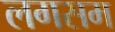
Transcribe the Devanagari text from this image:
लगसम